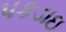
પકડાઇ